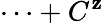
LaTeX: \cdots+C^{\mathbf{z}}